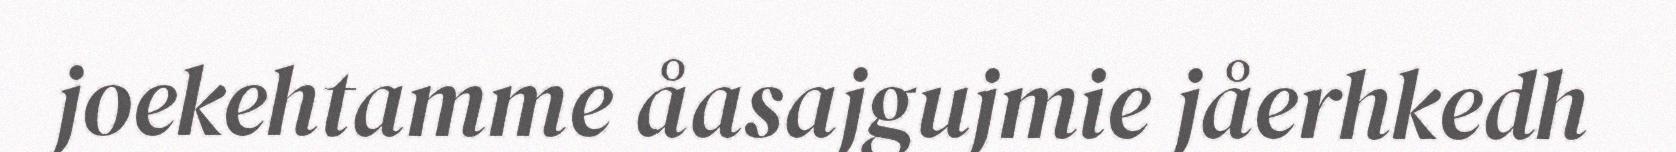
joekehtamme åasajgujmie jåerhkedh